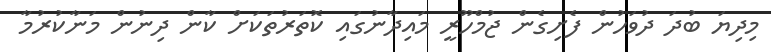
މިދިޔަ ބުދަ ދުވަހުން ފެށިގެން ޖުމްހޫރީ މައިދާނުގައި ކޮތަރުތަކަށް ކާން ދިނުން މަނާކުރުމާ